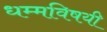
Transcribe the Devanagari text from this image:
धम्मविषयी